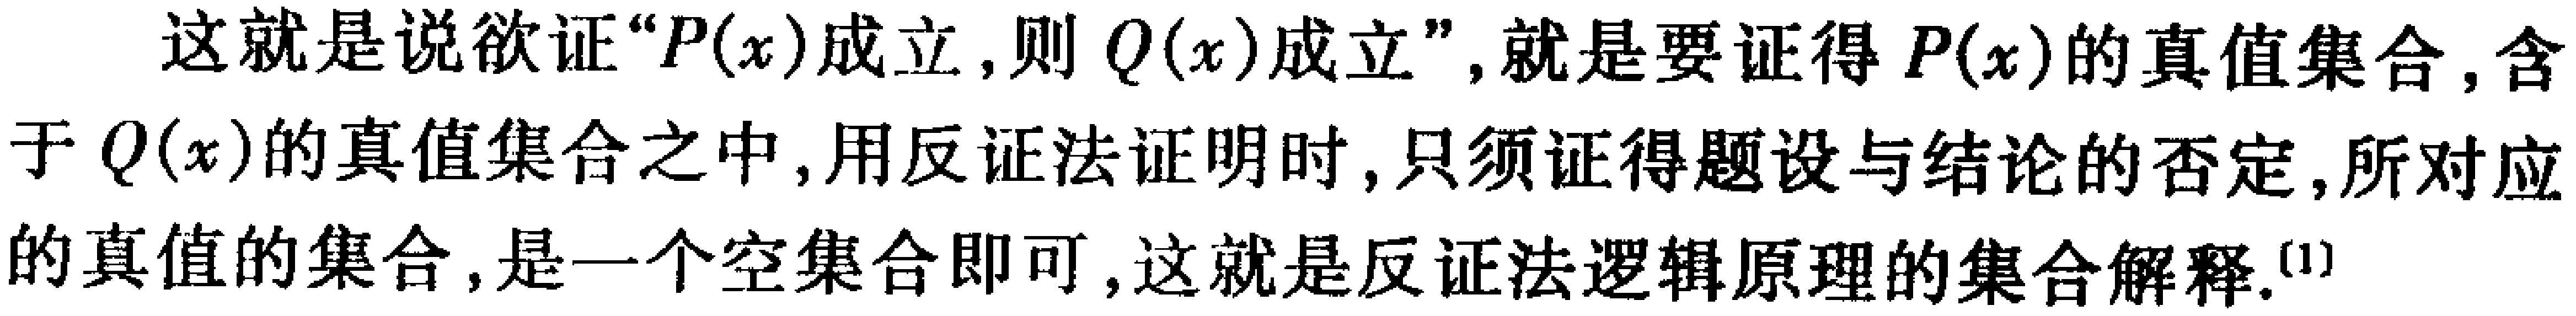
这就是说欲证“\(P(x)\)成立，则 \(Q(x)\)成立”，就是要证得 \(P(x)\)的真值集合，含于 \(Q(x)\)的真值集合之中，用反证法证明时，只须证得题设与结论的否定，所对应的真值的集合，是一个空集合即可，这就是反证法逻辑原理的集合解释.\(^{[1]}\)